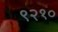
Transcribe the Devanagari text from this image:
९२१०